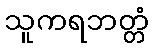
သူကရဘတ္တံ